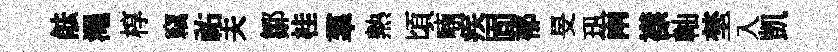
䏻澠椁竊祐夫鄒桂羣熱頃喃疾固郁旻㺬兩襟軸埜入凱